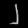
Digit: ၂